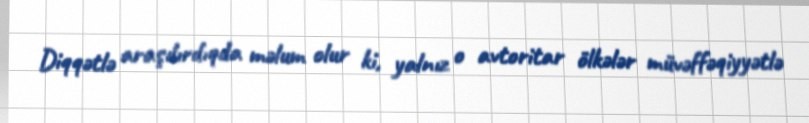
Diqqətlə araşdırdıqda məlum olur ki, yalnız o avtoritar ölkələr müvəffəqiyyətlə